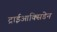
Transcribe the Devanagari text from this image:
ट्राईआक्सिडेन